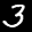
Label: 3